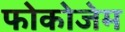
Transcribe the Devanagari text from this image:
फोकोजेम